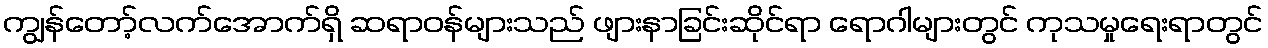
ကျွန်တော့်လက်အောက်ရှိ ဆရာဝန်များသည် ဖျားနာခြင်းဆိုင်ရာ ရောဂါများတွင် ကုသမှုရေးရာတွင်